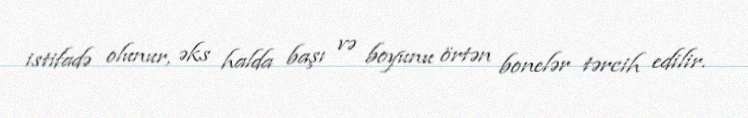
istifadə olunur, əks halda başı və boyunu örtən bonelər tərcih edilir.